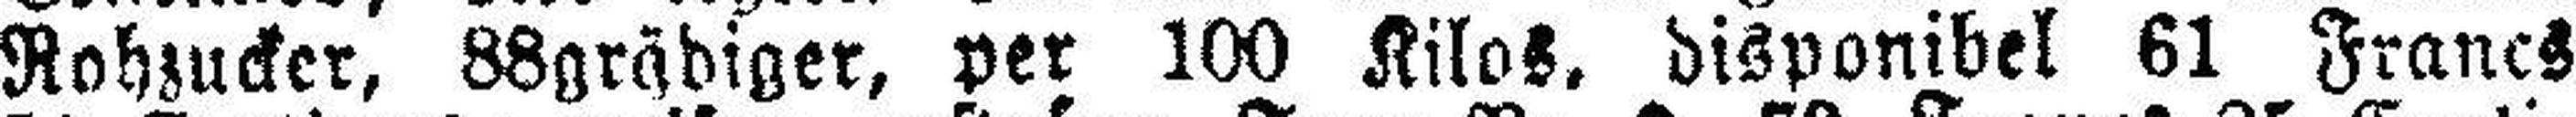
Rohzucker, 88grädiger, per 100 Kilos, disponibel 61 Francs